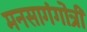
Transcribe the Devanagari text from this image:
मनसागंगोत्री